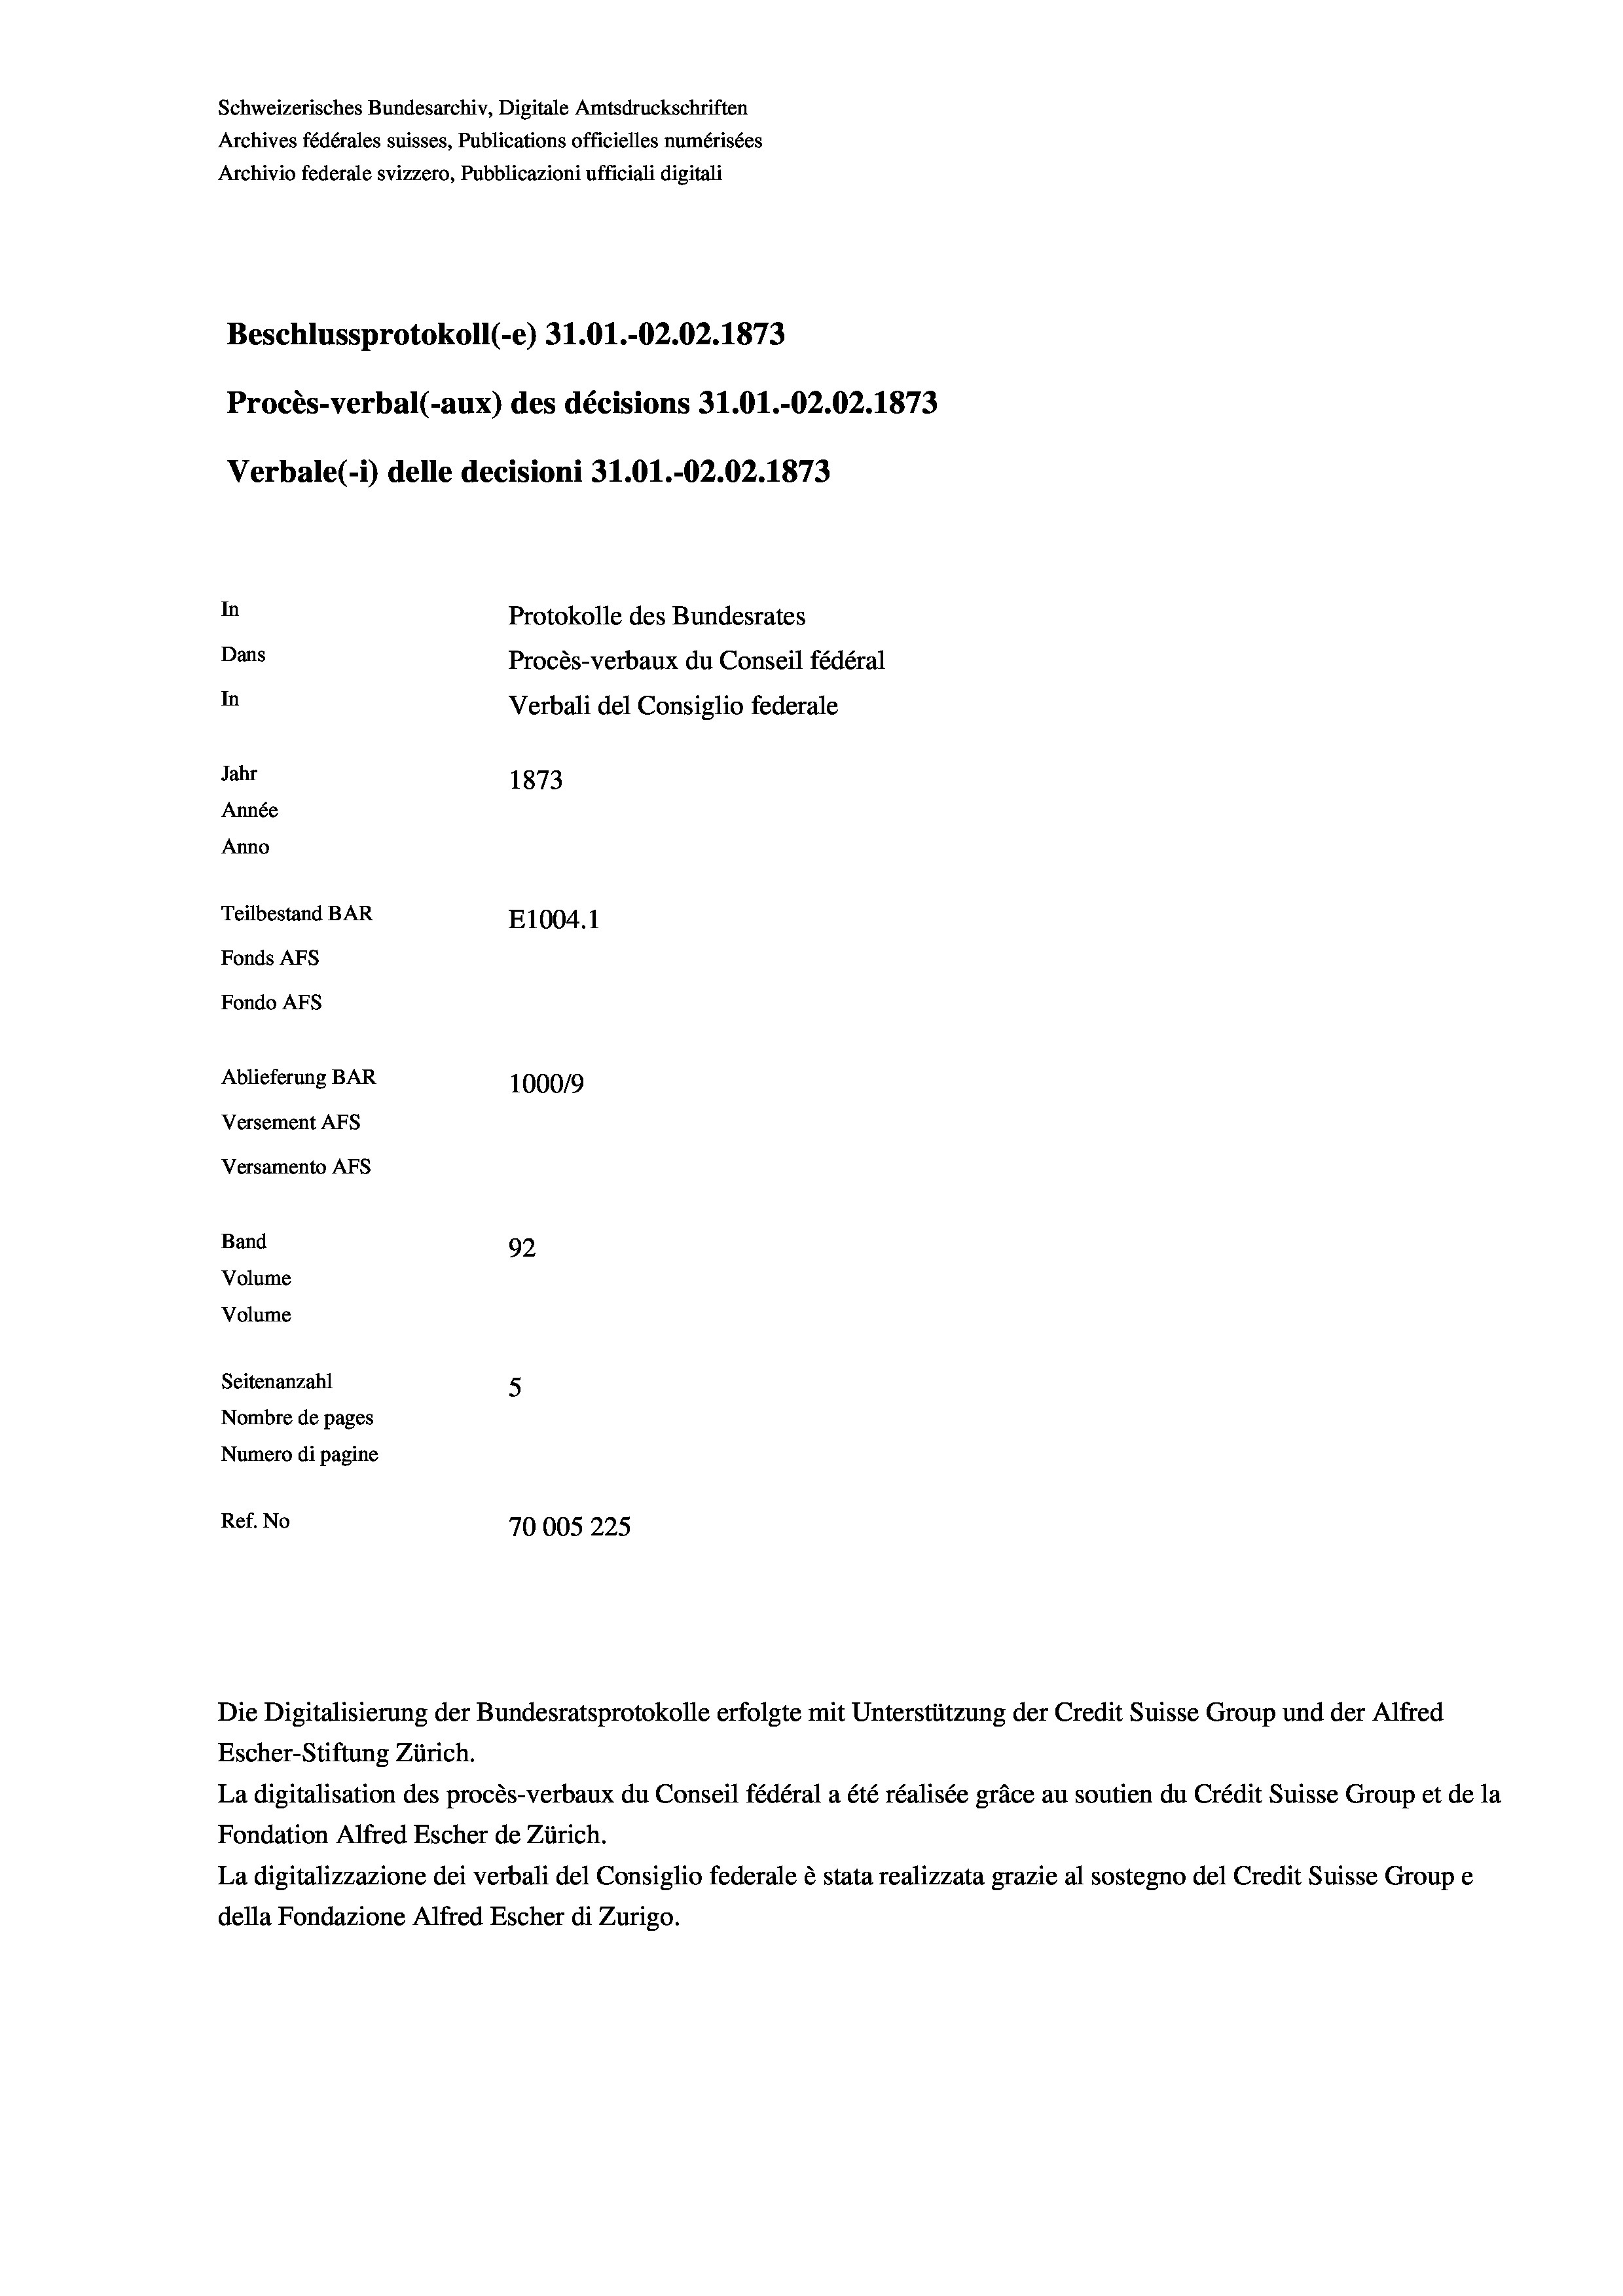
Schweizerisches Bundesarchiv, Digitale Amtsdruckschriften
Archives fédérales suisses, Publications officielles numérisées
Archivio federale svizzero, Pubblicazioni ufficiali digitali
Beschlussprotokoll (-e) 31.01.-O2.02. 1873
Procès-verbal (-aux) des décisions 31.01.-O2.02. 1873
Verbale(*) delle decisioni 31.01.-O2.02. 1873
In
Protokolle des Bundesrates
Dans
Procès-verbaux du Conseil fédéral
In
Verbali del Consiglio federale
Jahr
1873
Année
Anno
Teilbestand BAR
E1004.1
Fonds AFs
Fondo AFs
Ablieferung BAR
100019
Versement AFs
Versamento AFs
Band
92
Volume
Volume
Seitenanzahl
5
Nombre de pages
Numero di pagine
Ref. No
70005 225

La digitalisation des procès-verbaux du Conseil fédéral a été réalisée gräce au soutien du Crédit Suisse Group et de la
Fondation Alfred Escher de Zürich.
La digitalizzazione dei verbali del Consiglio federale è stata realizzata grazie al sostegno del Credit Suisse Groupe
della Fondazione Alfred Escher di Zurigo.

Die Digitalisierung der Bundesratsprotokolle erfolgte mit Unterstützung der Credit Suisse Group und der Alfred
Escher-Stiftung Zürich.